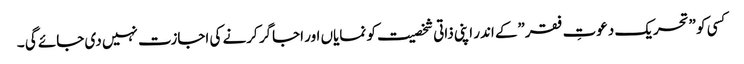
کسی کو ”تحریک دعوتِ فقر”کے اندر اپنی ذاتی شخصیت کو نمایاں اور اجاگر کرنے کی اجازت نہیں دی جائے گی ۔